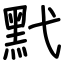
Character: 黓